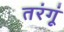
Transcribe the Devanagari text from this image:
तरंगूं